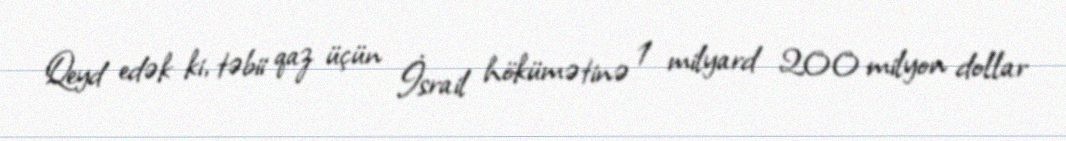
Qeyd edək ki, təbii qaz üçün İsrail hökümətinə 1 milyard 200 milyon dollar